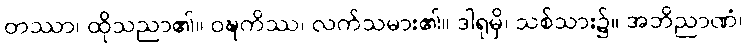
တဿာ၊ ထိုသညာ၏။ ဝဍ္ဎကိဿ၊ လက်သမား၏။ ဒါရုမှိ၊ သစ်သား၌။ အဘိညာဏံ၊